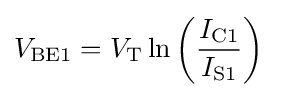
V_{\text{BE1}}=V_{\text{T}}\ln \left({\frac {I_{\text{C1}}}{I_{\text{S1}}}}\right)\